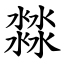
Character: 㵘